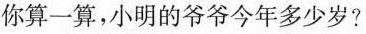
你算一算，小明的爷爷今年多少岁?